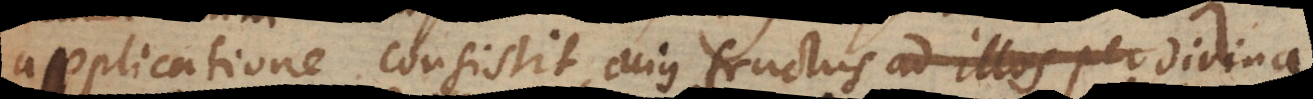
applicatione consistit, cujus fructus ad illos per divina